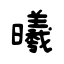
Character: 曦